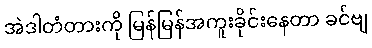
အဲဒါတံတားကို မြန်မြန်အကူးခိုင်းနေတာ ခင်ဗျ